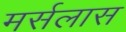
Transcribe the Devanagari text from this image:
मर्सलास